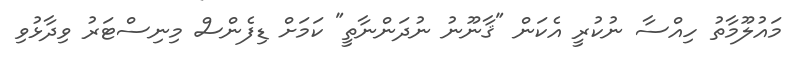
މައުލޫމާތު ހިއްސާ ނުކުރީ އެކަން "ޤާނޫނު ނުދަންނާތީ" ކަމަށް ޑިފެންސް މިނިސްޓަރު ވިދާޅުވި